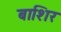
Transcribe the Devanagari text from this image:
बाशिर